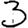
Digit: 3